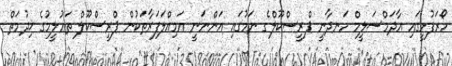
ހޯރަފުށީގައި އާދަމްސަލީމް ހަނދާނީ ޕްރީސްކޫލްގެ ނަމުގައި އަންނަނީ އަމިއްލަފަރާތަކުން ޕްރީސްކޫލް ތަޢުލީމުގެ ޚިދުމަތް